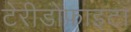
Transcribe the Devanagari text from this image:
टेरीडोफाइटा